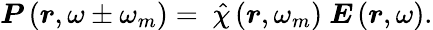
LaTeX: \boldsymbol{P}\left(\boldsymbol{r},\omega\pm\omega_{m}\right)=\ \hat{\chi}\left(\boldsymbol{r},\omega_{m}\right)\ \boldsymbol{E}\left(\boldsymbol{r},\omega\right).